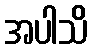
အပါသိ